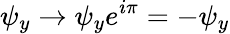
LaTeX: \psi_{y}\rightarrow\psi_{y}e^{i\pi}=-\psi_{y}